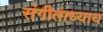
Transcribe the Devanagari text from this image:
संगीताध्याय